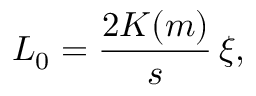
\begin{array} { l } { \displaystyle { L _ { 0 } = \frac { 2 K ( m ) } { s } \, \xi , } } \end{array}